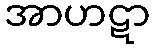
အာဟဋာ